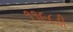
૧૧૯૮ડી